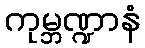
ကုမ္ဘဏ္ဍာနံ